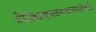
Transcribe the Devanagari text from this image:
प्रेमोल्लसज्जनकवत्सलवारिराशे।